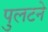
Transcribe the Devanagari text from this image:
पुलटने